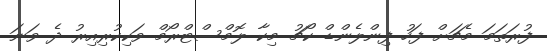
ފުރަތަމަ މެޗަށް ފަހު ފިންލެންޑް ކޯޗު މިކާ ލޮމްސްޓްރޯމް ވަކިކުރިއިރު ދެ ވަނަ